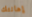
إهانتك